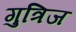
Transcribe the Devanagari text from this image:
गुत्रिज